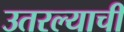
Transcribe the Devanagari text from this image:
उतरल्याची